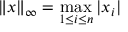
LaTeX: \| x \| _ { \infty } = \max _ { 1 \leq i \leq n } | x _ { i } |